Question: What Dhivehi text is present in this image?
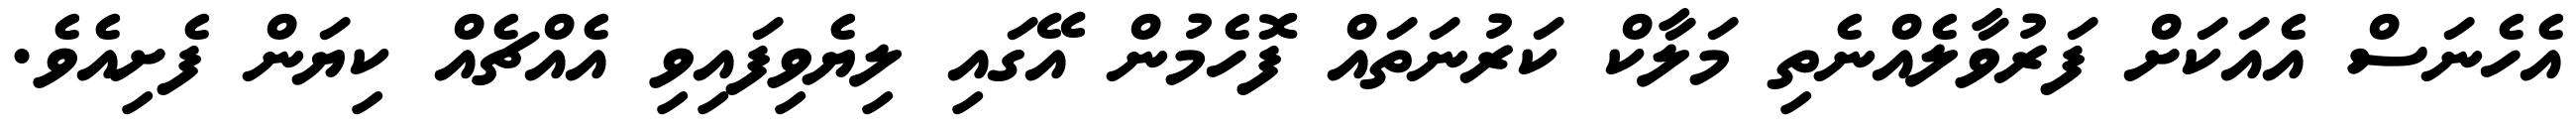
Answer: އެހެނަސް އެއަކަށް ފަރުވާލެއްނެތި މަލާކް ކަރުނަތައް ފޮހެމުން އޭގައި ލިޔެވިފައިވި އެއްޗެއް ކިޔަން ފެށިއެވެ.